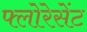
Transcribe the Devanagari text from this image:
फ्लोरेसेंट